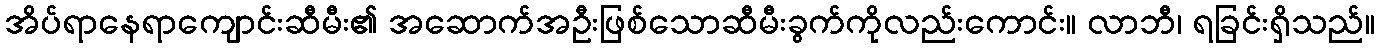
အိပ်ရာနေရာကျောင်းဆီမီး၏ အဆောက်အဦးဖြစ်သောဆီမီးခွက်ကိုလည်းကောင်း။ လာဘီ၊ ရခြင်းရှိသည်။